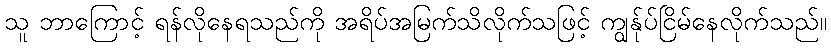
သူ ဘာကြောင့် ရန်လိုနေရသည်ကို အရိပ်အမြက်သိလိုက်သဖြင့် ကျွန်ုပ်ငြိမ်နေလိုက်သည်။